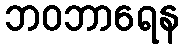
ဘဝဘာရေန